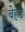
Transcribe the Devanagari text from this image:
बेहडे